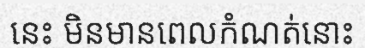
នេះ មិនមានពេលកំណត់នោះ